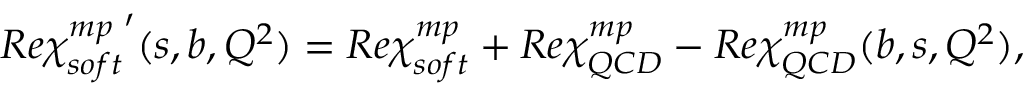
R e { \chi _ { s o f t } ^ { m p } } ^ { \prime } ( s , b , Q ^ { 2 } ) = R e \chi _ { s o f t } ^ { m p } + R e \chi _ { Q C D } ^ { m p } - R e \chi _ { Q C D } ^ { m p } ( b , s , Q ^ { 2 } ) ,